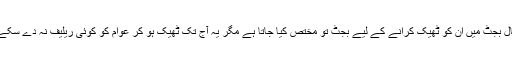
ہر سال بجٹ میں ان کو ٹھیک کرانے کے لیے بجٹ تو مختص کیا جاتا ہے مگر یہ آج تک ٹھیک ہو کر عوام کو کوئی ریلیف نہ دے سکے ہیں۔